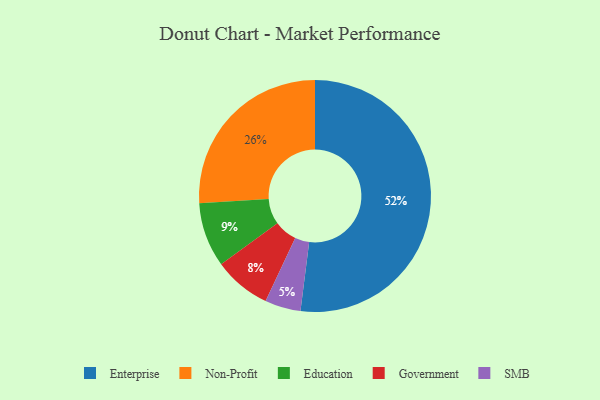
{"axis": {"x": "Category", "y": "Percentage"}, "legend": ["Education", "Enterprise", "Government", "Non-Profit", "SMB"], "data": [{"x": "Enterprise", "y": 52, "type": "Enterprise"}, {"x": "Non-Profit", "y": 26, "type": "Non-Profit"}, {"x": "SMB", "y": 5, "type": "SMB"}, {"x": "Government", "y": 8, "type": "Government"}, {"x": "Education", "y": 9, "type": "Education"}]}